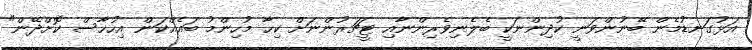
އަޅުގަނޑުމެން ބޭނުންވަނީ ކުދިންނަކީ ބެލެނިވެރިންނާއި ޓީޗަރުންނަށް ކިހާ މުހިންމު ބައެއްކަން އިހުހާސް ކޮށްދޭން"